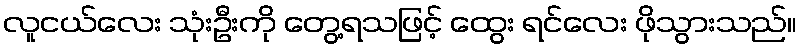
လူငယ်လေး သုံးဦးကို တွေ့ရသဖြင့် ထွေး ရင်လေး ဖိုသွားသည်။